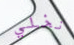
نخلي